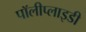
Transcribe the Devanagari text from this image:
पॉलीप्लाइडी